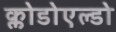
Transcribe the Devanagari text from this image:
क्लोडोएल्डो